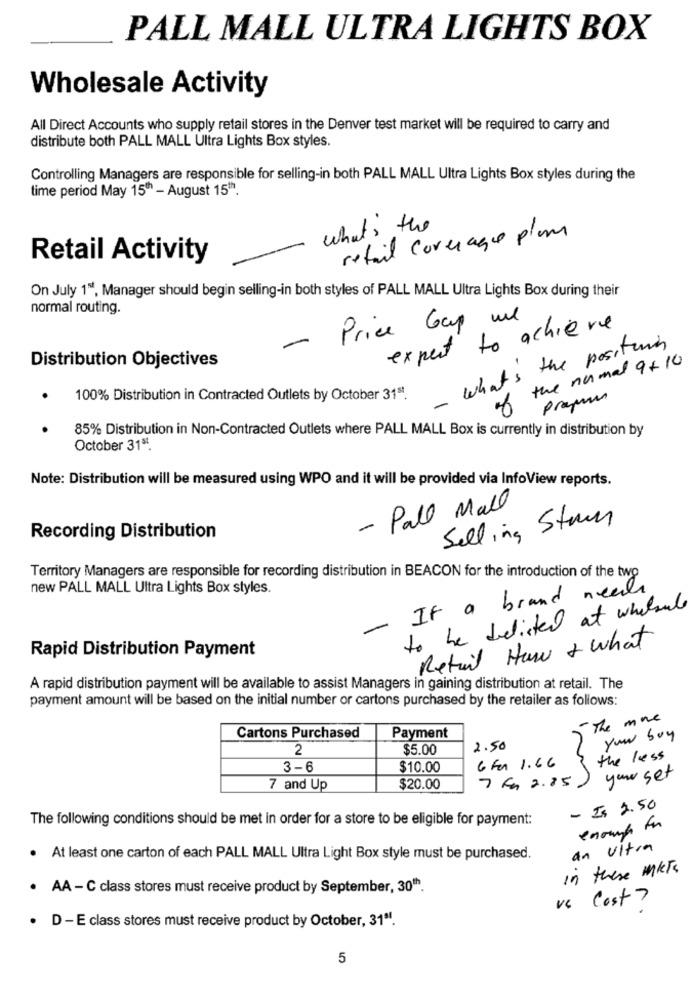
PALL MALL ULTRA LIGHTS BOX
Wholesale Activity
All Direct Accounts who supply retail stores in the Denver test market will be required to carry and
distribute both PALL MALL Ultra Lights Box styles.
Controlling Managers are responsible for selling-in both PALL MALL Ultra Lights Box styles during the
time period May 15" - August 15"".
what's the
retail coverage plan
Retail Activity
On July 1", Manager should begin selling-in both styles of PALL MALL Ultra Lights Box during their
normal routing.
Price Cap ml
expect to achieve
-
what's the positive
Distribution Objectives
of the normal 9+10
100% Distribution in Contracted Outlets by October 315.
prayers
85% Distribution in Non-Contracted Outlets where PALL MALL Box is currently in distribution by
October 313.
Note: Distribution will be measured using WPO and it will be provided via InfoView reports.
- Pall Mall
Selling Stan
Recording Distribution
Territory Managers are responsible for recording distribution in BEACON for the introduction of the two
new PALL MALL Ultra Lights Box styles.
- If a brand needs
to be delisted at whatsube
Rapid Distribution Payment
Retail Haw + What
A rapid distribution payment will be available to assist Managers in gaining distribution at retail. The
payment amount will be based on the initial number or cartons purchased by the retailer as follows:
- The more
Cartons Purchased
Payment
your boy
2
$5.00
2.50
6 km 1.66
the less
3-6
$10.00
your set
7 and Up
$20.00
7 km 2.85
- Is 2.50
The following conditions should be met in order for a store to be eligible for payment:
enough for
an Ultra
· At least one carton of each PALL MALL Ultra Light Box style must be purchased.
in these mits
· AA - C class stores must receive product by September, 30th.
Cost?
· D - E class stores must receive product by October, 31ª.
5